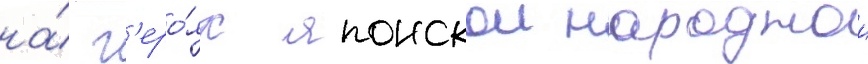
на́ г'еро́ях японскои народнои